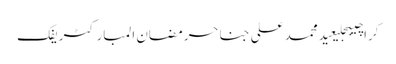
کراچیبجلیعیدمحمد علی جناحرمضان المبارکٹریفک